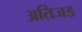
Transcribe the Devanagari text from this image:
अतिजड